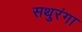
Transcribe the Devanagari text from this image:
सथुरंगा